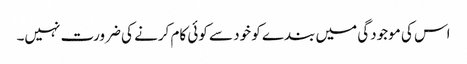
اس کی موجودگی میں بندے کو خود سے کوئی کام کرنے کی ضرورت نہیں۔